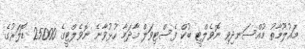
މައުލޫމާތު މުއްސަނދިވި ނޮވެލްޓީ ބުކް ފެސްޓިވަލް މާދަމާ ހުޅުވާނެ ނޮވެލްޓީގެ 25000 ޑޮލަރުގެ